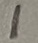
Text: 1